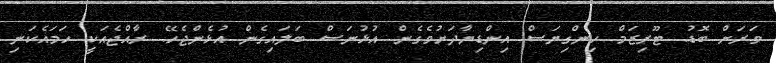
ވަރަށް ބޮޑު. ޓޫރިޒަމް ހިންގިޔަސް އިންޑިޔާދަށުވެގެން އުޅުނަސް ބަލައިގެން އުޅެންޖެހޭ. ރާއްޖެއަކީ ހަމައެކަނި